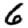
Digit: 6